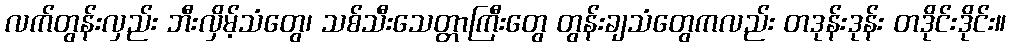
လက်တွန်းလှည်း ဘီးလှိမ့်သံတွေ၊ သစ်သီးသေတ္တာကြီးတွေ တွန်းချသံတွေကလည်း တဒုန်းဒုန်း တဒိုင်းဒိုင်း။